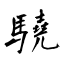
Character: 驍